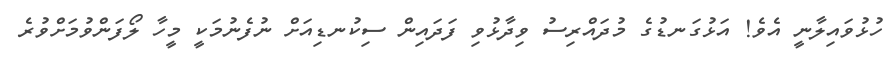
ހުޅުވައިލާނީ އެވެ! އަޅުގަނޑުގެ މުދައްރިސު ވިދާޅުވި ފަދައިން ސިކުނޑިއަށް ނުފެނުމަކީ މީހާ ލޯފަންވުމަށްވުރެ